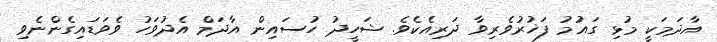
އާދަމަކީ މުޅި ގައުމު ފަޚުރުވެރިވާ ދަރިއެކެވެ. ޝަހީދު ހުސައިން އާދަމް އެދުވަހު ވެވަޑައިގެންނެވި